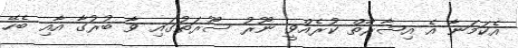
އެކަމަނާ އެ އިޝާރާތް ކުރެއްވީ ނޫރު ސޫރަތުގައި ވާ ބުރުގާ އާއި ބެހޭ